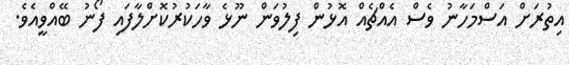
އިތުރަށް އަސްމަހާނު ވެސް އެއްޗެއް އޮޅުން ފިލުވަން ނޫޅެ ވާހަކުރުކޮށްލާފައި ފޯނު ބޭއްވީއެވެ.